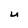
Character: U